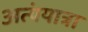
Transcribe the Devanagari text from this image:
अत्यंयात्रा